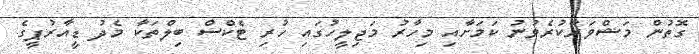
ގޮތުން މަޝްވަރާކުރެވުނު ކަމަށާއި މިހާރު މަޖިލީހުގައި ހުރި ޓެކްސް ބިލްތަކާ މެދު ޑީއާރުޕީގެ